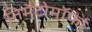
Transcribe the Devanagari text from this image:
निमैटोमॉर्फा